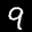
Label: 9